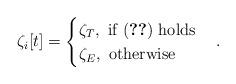
LaTeX: \begin{align*}\zeta_i[t]=\begin{cases}\zeta_T,~\textrm{if}~(\ref{FD_PF_condition2})~\textrm{holds}\\\zeta_E,~\textrm{otherwise}\\\end{cases}.\end{align*}